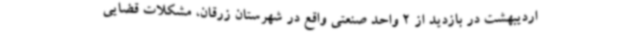
اردیبهشت در بازدید از 2 واحد صنعتی واقع در شهرستان زرقان، مشکلات قضایی